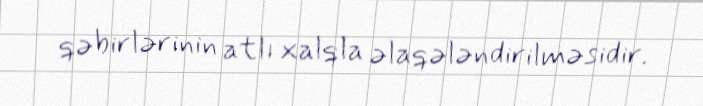
qəbirlərinin atlı xalqla əlaqələndirilməsidir.